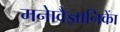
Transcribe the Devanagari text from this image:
मनाेवैज्ञानिकाें